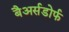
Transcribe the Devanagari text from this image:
बैअर्सडोर्फ